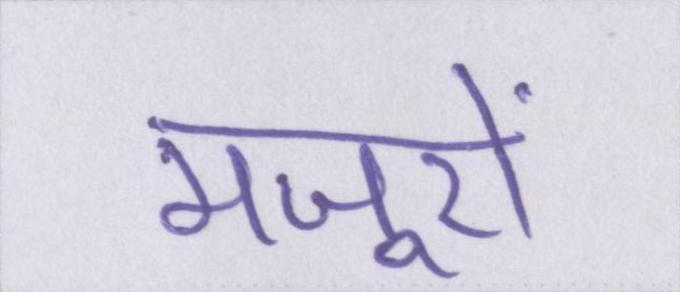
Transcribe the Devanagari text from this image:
मजूरों